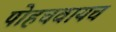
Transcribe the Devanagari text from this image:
पोहचवायच